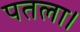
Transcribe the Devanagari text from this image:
पतला।